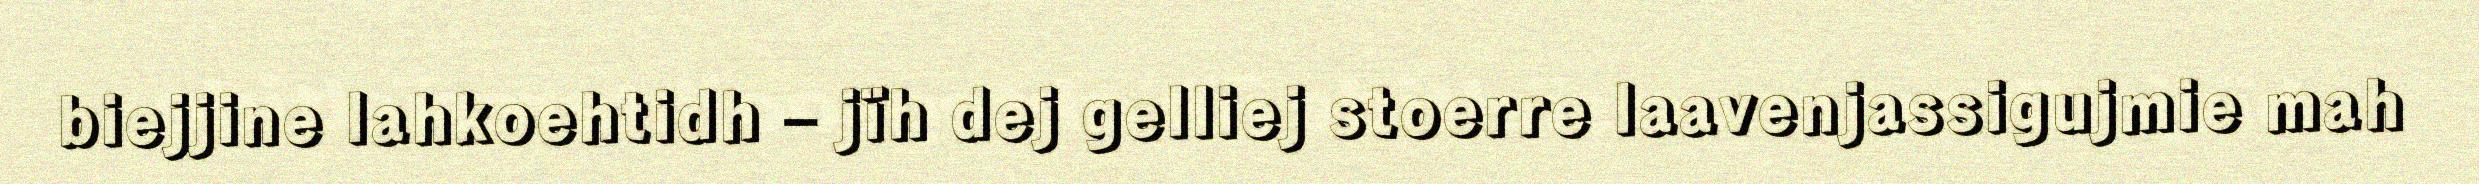
biejjine lahkoehtidh – jïh dej gelliej stoerre laavenjassigujmie mah